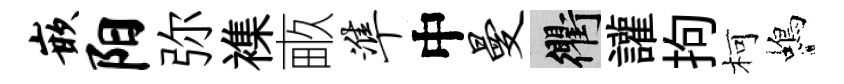
嵌阳弥襍畞准中曼衢讙拘柯蝎